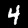
Digit: 4